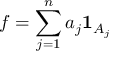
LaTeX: f = \sum _ { j = 1 } ^ { n } a _ { j } \mathbf { 1 } _ { A _ { j } }